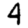
Digit: 4